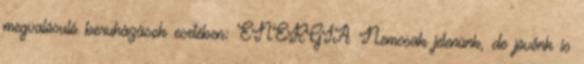
megvalósuló beruházások esetében: ENERGIA Nemcsak jelenünk, de jövőnk is